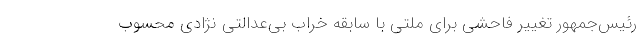
رئیس‌جمهور تغییر فاحشی برای ملتی با سابقه خراب بی‌عدالتی نژادی محسوب